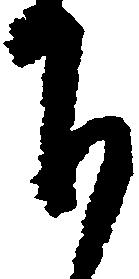
下